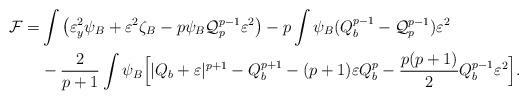
LaTeX: \begin{align*}\mathcal{F}=&\int\big{(}\varepsilon_y^2\psi_B+\varepsilon^2\zeta_B-p\psi_B\mathcal{Q}_p^{p-1}\varepsilon^2\big{)}-p\int\psi_B(Q_b^{p-1}-\mathcal{Q}_p^{p-1})\varepsilon^2\\&-\frac{2}{p+1}\int\psi_B\Big{[}|Q_b+\varepsilon|^{p+1}-Q_b^{p+1}-(p+1)\varepsilon Q_b^{p}-\frac{p(p+1)}{2}Q_b^{p-1}\varepsilon^2\Big{]}.\end{align*}